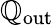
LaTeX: \mathbb{Q}_{\mathrm{{{out}}}}